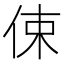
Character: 㑛